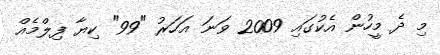
މި ދެ މީހުން އެކުގައި 2009 ވަނަ އަހަރު "99" ކިޔާ ފިލްމެއް